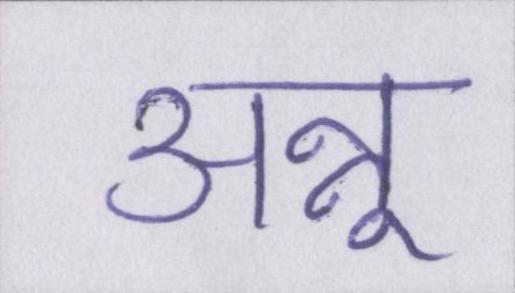
अन्नू